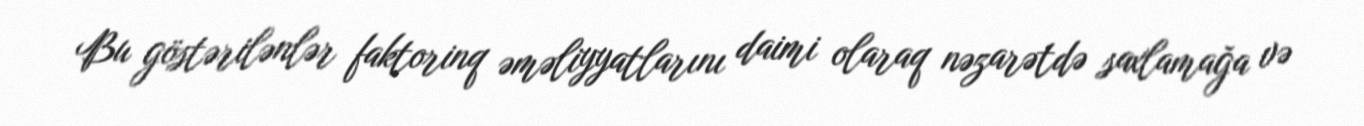
Bu göstərilənlər faktorinq əməliyyatlarını daimi olaraq nəzarətdə saxlamağa və